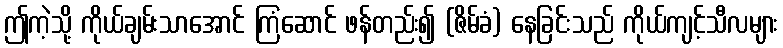
ဤကဲ့သို့ ကိုယ်ချမ်းသာအောင် ကြံဆောင် ဖန်တည်း၍ (ဇိမ်ခံ) နေခြင်းသည် ကိုယ်ကျင့်သီလများ